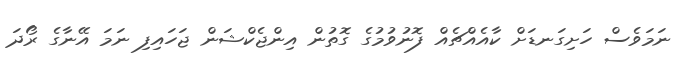
ނަމަވެސް ހަށިގަނޑަށް ކާއެއްޗެއް ފޮނުވުމުގެ ގޮތުން އިންޖެކްޝަން ޖަހައިފި ނަމަ އޭނާގެ ރޯދަ